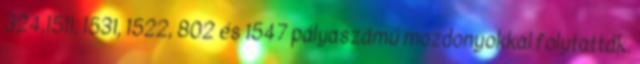
324,1511, 1531, 1522, 802 és 1547 pályaszámú mozdonyokkal folytatták.